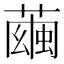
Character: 𦻷